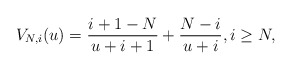
\begin{align*}V_{N,i}(u) = \frac{i+1-N}{u+i+1} + \frac{N-i}{u+i}, i \geq N, \end{align*}